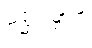
မစ္ဆဂုမ္ဗာပိ